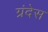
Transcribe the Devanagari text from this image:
ग्रंदेस